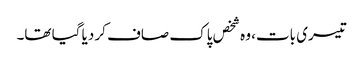
تیسری بات، وہ شخص پاک صاف کر دیا گیا تھا۔